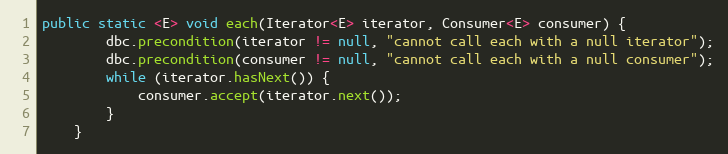
Language: Java
public static <E> void each(Iterator<E> iterator, Consumer<E> consumer) {
        dbc.precondition(iterator != null, "cannot call each with a null iterator");
        dbc.precondition(consumer != null, "cannot call each with a null consumer");
        while (iterator.hasNext()) {
            consumer.accept(iterator.next());
        }
    }